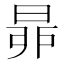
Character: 𣆻